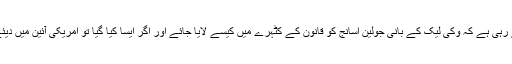
دوسری طرف امریکی حکومت اس امکان کا جائزہ بھی لے رہی ہے کہ وکی لیک کے بانی جولین اسانج کو قانون کے کٹہرے میں کیسے لایا جائے اور اگر ایسا کیا گیا تو امریکی آئین میں دیئے گئے آزادی اظہارکے حق پر کہاں تک حرف آسکتا ہے ۔